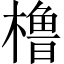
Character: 橹